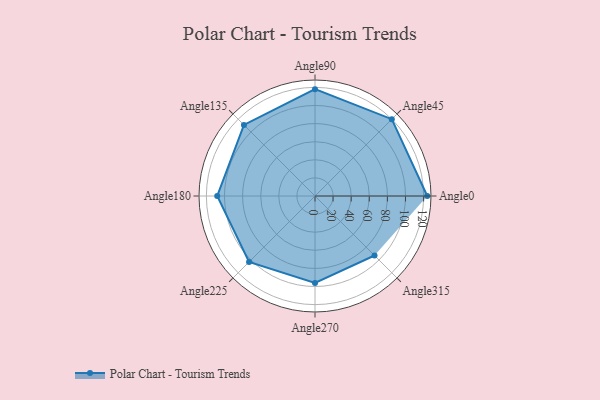
{"axis": {"x": "Angle", "y": "Radius"}, "legend": [""], "data": [{"x": "Angle0", "y": 124.0, "type": ""}, {"x": "Angle45", "y": 120.0, "type": ""}, {"x": "Angle90", "y": 118.0, "type": ""}, {"x": "Angle135", "y": 111.0, "type": ""}, {"x": "Angle180", "y": 108.0, "type": ""}, {"x": "Angle225", "y": 103.0, "type": ""}, {"x": "Angle270", "y": 96.0, "type": ""}, {"x": "Angle315", "y": 93.0, "type": ""}]}